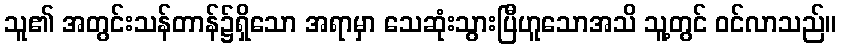
သူ၏ အတွင်းသန်တာန်၌ရှိသော အရာမှာ သေဆုံးသွားပြီဟူသောအသိ သူ့တွင် ဝင်လာသည်။